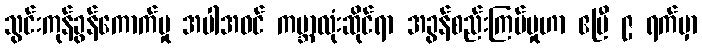
သွင်းကုန်ခွန်ကောက်မှု အပါအဝင် ကမ္ဘာလုံးဆိုင်ရာ အခွန်စည်းကြပ်မှုဟာ ဧပြီ ၉ ရက်မှာ